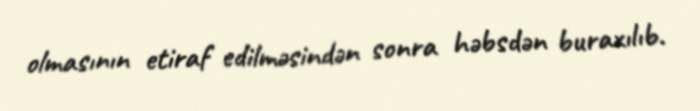
olmasının etiraf edilməsindən sonra həbsdən buraxılıb.